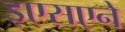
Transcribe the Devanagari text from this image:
इएसएने